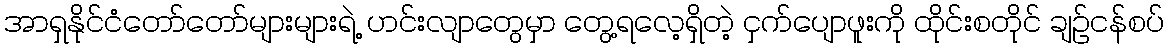
အာရှနိုင်ငံတော်တော်များများရဲ့ ဟင်းလျာတွေမှာ တွေ့ရလေ့ရှိတဲ့ ငှက်ပျောဖူးကို ထိုင်းစတိုင် ချဉ်ငန်စပ်